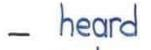
- heard